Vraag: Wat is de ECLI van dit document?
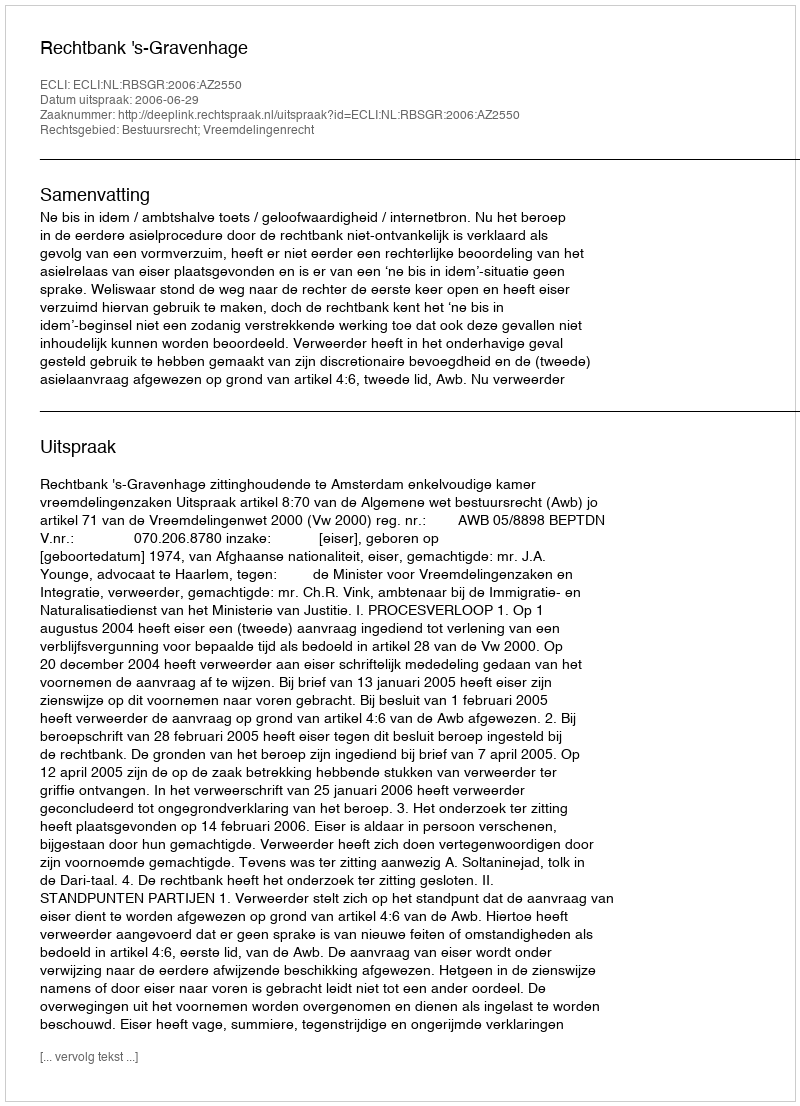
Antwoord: ECLI:NL:RBSGR:2006:AZ2550